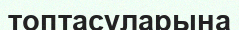
топтасуларына